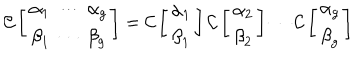
LaTeX: { \cal C } \left[ \begin{array} { c } { { { \alpha } _ { 1 } \ \cdots \ \alpha _ { g } } } \\ { { { \beta } _ { 1 } \ \cdots \ \beta _ { g } } } \\ \end{array} \right] = { \cal C } \left[ \begin{array} { c } { { { \alpha } _ { 1 } } } \\ { { { \beta } _ { 1 } } } \\ \end{array} \right] { \cal C } \left[ \begin{array} { c } { { { \alpha } _ { 2 } } } \\ { { { \beta } _ { 2 } } } \\ \end{array} \right] \cdots { \cal C } \left[ \begin{array} { c } { { { \alpha } _ { g } } } \\ { { { \beta } _ { g } } } \\ \end{array} \right]